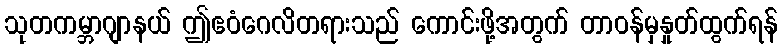
သုတကမ္ဘာဂျာနယ် ဤဧဝံဂေလိတရားသည် ကောင်းဖို့အတွက် တာဝန်မှနှုတ်ထွက်ရန်